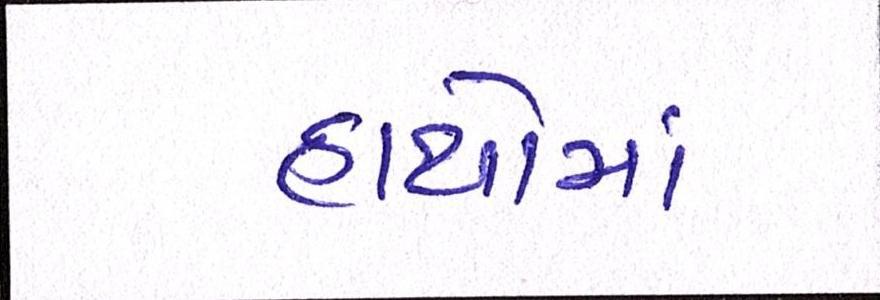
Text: હાથોમાં